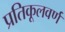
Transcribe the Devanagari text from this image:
प्रतिकूलवर्ण